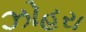
ઝોહરા